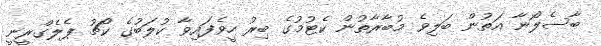
ބާސެލޯނާ އަތުން ބަލިވެ މުބާރާތުން ކެޓުމުގެ ބިރު ހީވެފައިވާ ކުލަބުގެ ކޯޗު ޕެލެގްރީނީ